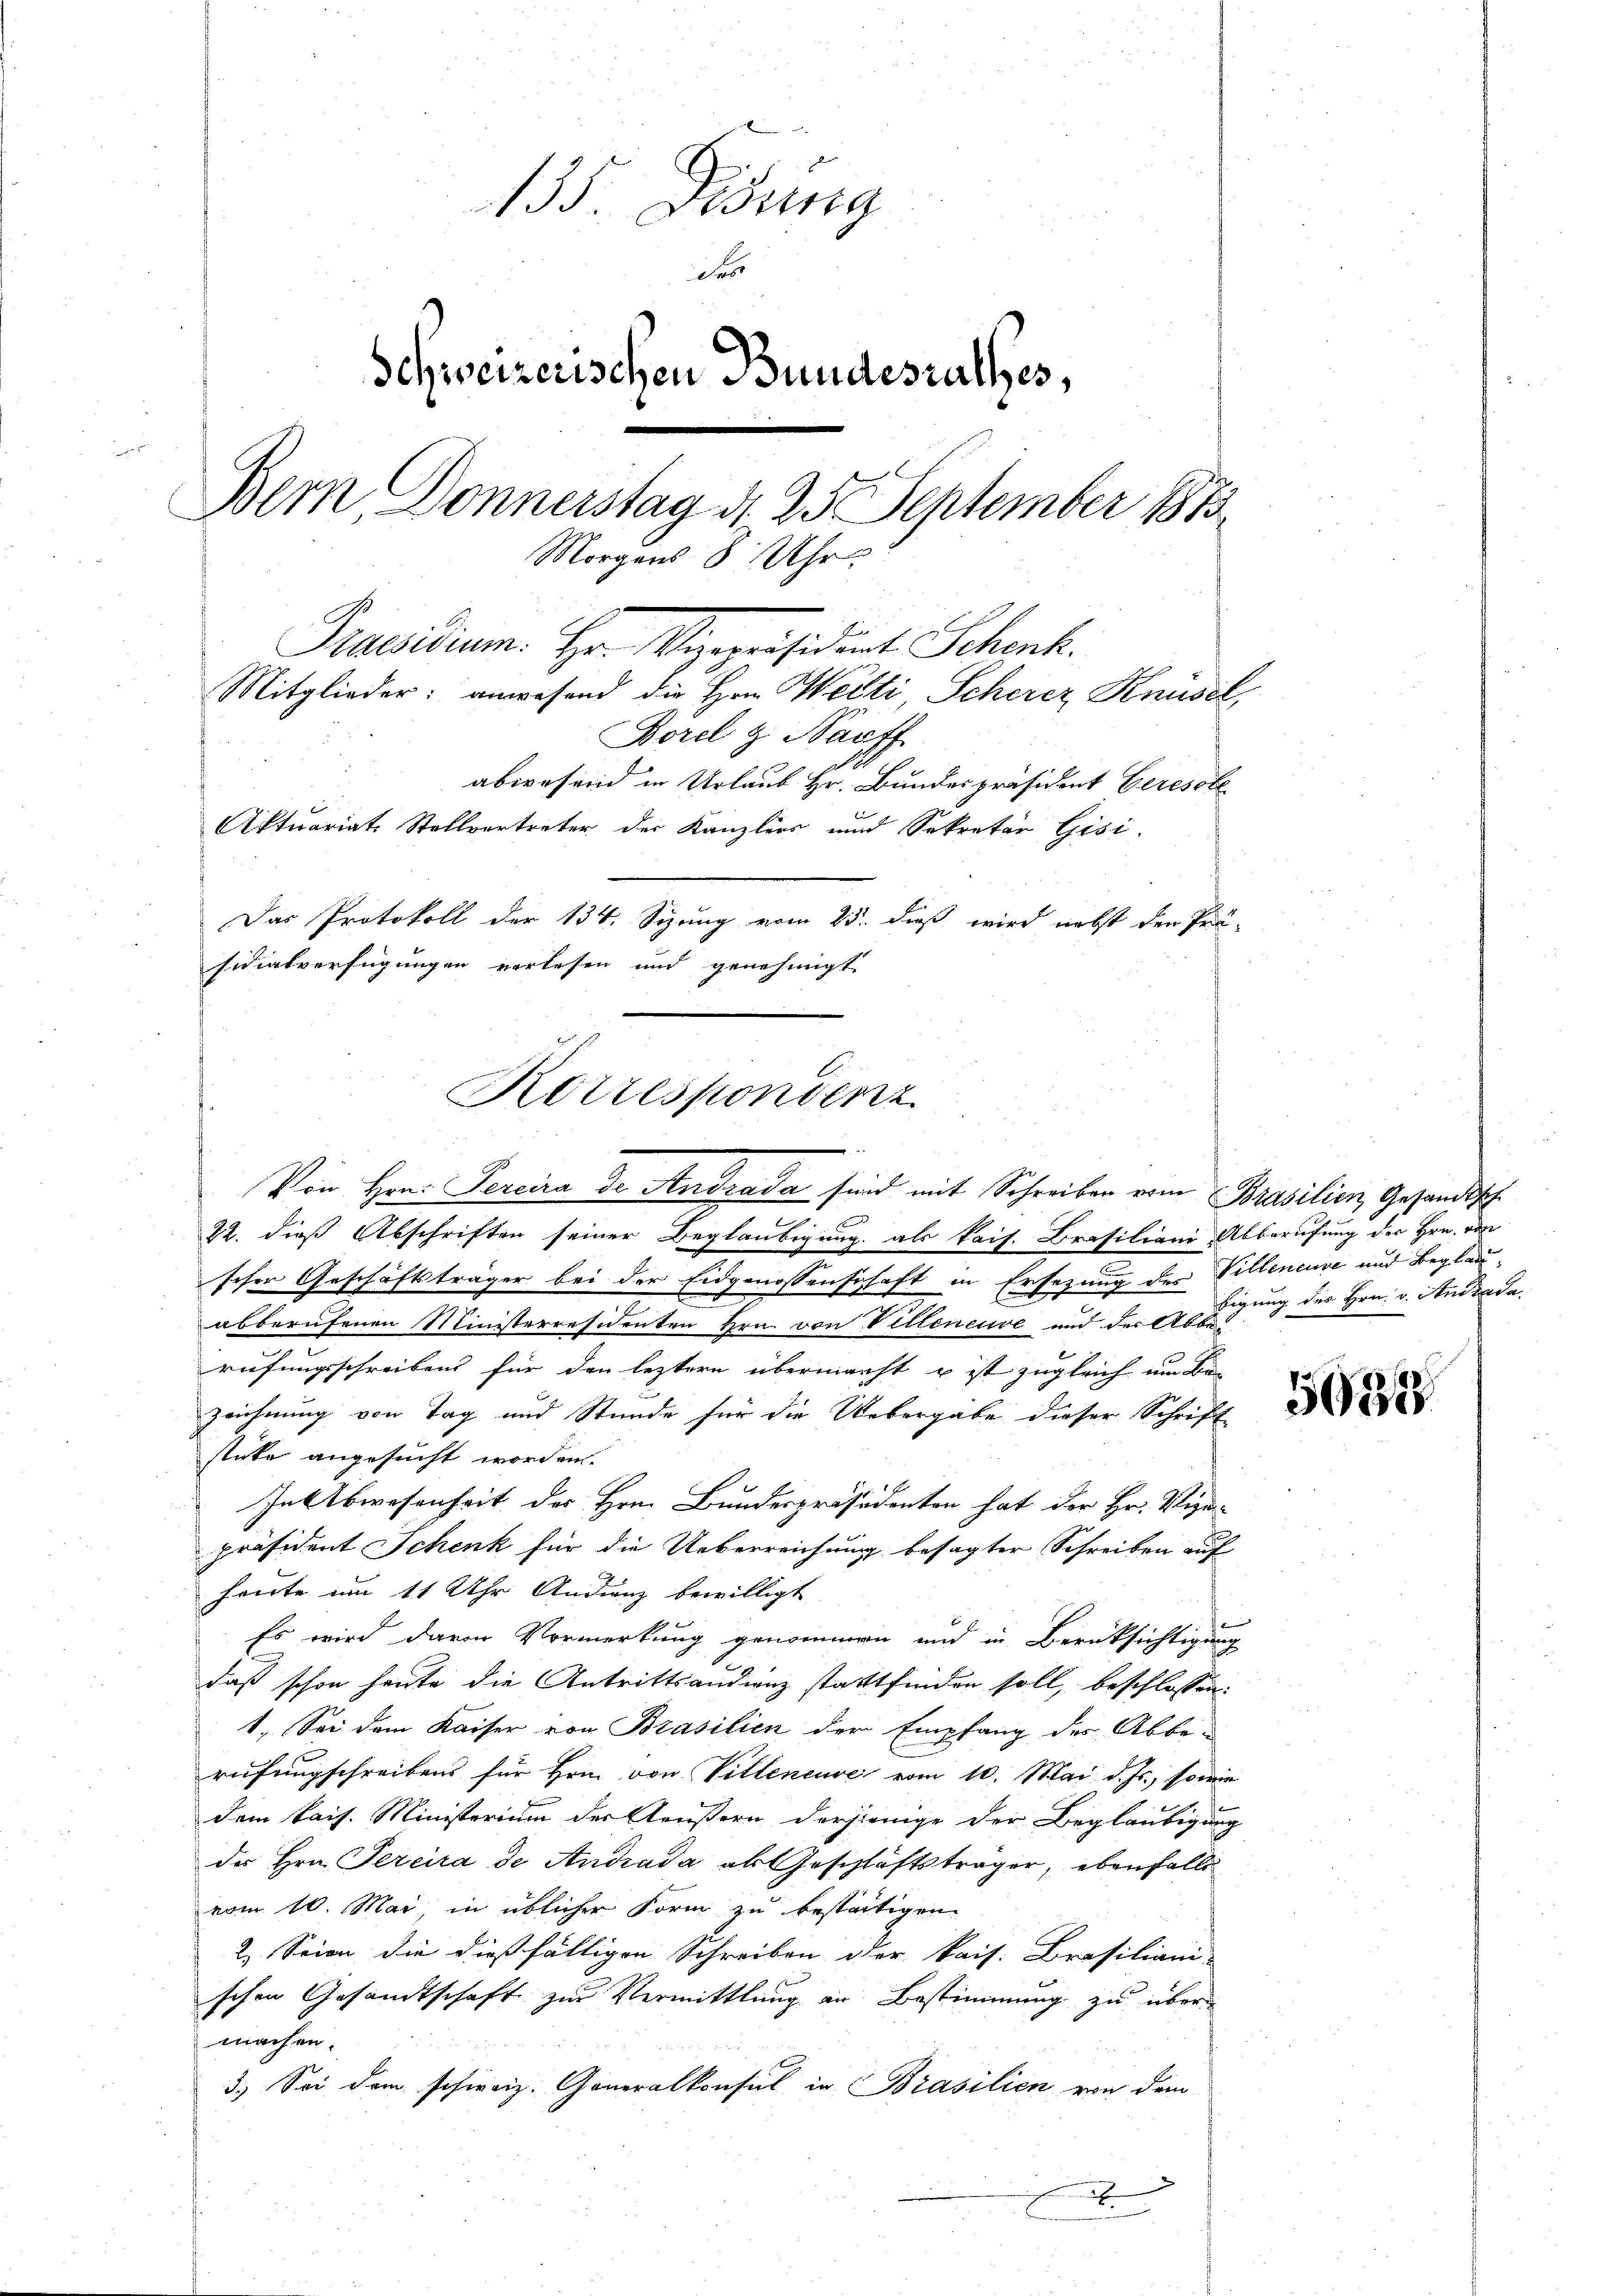
135. Didung
des
Schweizerischen Bundesrathes,
Bern Donnerstag d. 25 September 1873
Morgens 8 Uhr
Praesidium. Hr. Vizepräsident Schenk.
Mitglieder: anwesend die Hrn. Welti, Scherer Knüsel,
Borel & Bauff
abwesend in Urlaub Hr. Bundespräsident Geresste
Aktuariat Stellvertreter der Kanzlers und Sekretär Gisi-
Das Protokoll der 134. Sizung vom 25. dieß wird nebst den Prä-
sidialverfügungen verlesen und genehmigt

Korrespondenz
e
Von Hrn. Percira de Andrada sind mit Schreiben vom Brasilien, Gesandtsch

22. dieß Abschriften seiner Beglaubigung als kais. Brasiliani Abberufung der Hrn. von
scher Geschäftsträger bei der Eidgenossenschaft in Ersezung der Villeneuve und Beglauabberufenen Ministerresidenten Hrn. von Bitteneuve und der Abbe¬

rufungsschreibens für den leztern übermacht u ist zugleich um Be
zeichnung von Tag und Stunde für die Uebergabe dieser Schrift
stücke angesucht worden.
In Abwesenheit des Hrn. Bundespräsidenten hat der Hr. Vize-
präsident Schenk für die Ueberreichung besagter Schreiben auf
harrte am 11 Uhr Andenz bewilligt
Es wird davon Vormerkung genommen und in Berüksichtigung
daß schon heute die Antrittsaudienz stattfinden soll, beschlossen:
1. Sei dem Kaiser von Brasilien der Empfang des Abbe-
rufungschreibens für Hrnn von Villeneuve vom 10. Mai d. Js., sowie
dem kais. Ministerium der Aeußern derjenige der Beglaubigung
der Hrn. Percira de Andrada als Geschläftsträger, ebenfalls
vom 10. Mai in üblicher Form zu besseitigen.
2.) Seien die dießfälligen Schreiben der kais. Brasiliani-
schen Gesandtschaft zur Vermittlung an Bestimmung zu über
machen.
3.) Sei dem schweiz. Generalkonsul in Brasilien von dem
.

bigung der Hrn. v. Andrada

50358